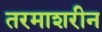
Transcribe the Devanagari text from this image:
तरमाशरीन